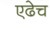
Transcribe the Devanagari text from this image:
एढेच